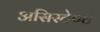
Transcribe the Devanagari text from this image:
असिस्टेण्ट